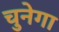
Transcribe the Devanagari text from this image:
चुनेगा